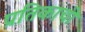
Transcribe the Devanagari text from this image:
प्रतिकाची